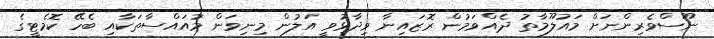
ނޫސްވެރިންނަށް މައުލޫމާތު ދެއްވަމުން ރޮޒައިނާ ވިދާޅުވީ އަލުން މިނިވަން މުއައްސާތަކާއި ބެހޭ ކޮމެޓީގެ